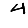
Digit: 4